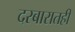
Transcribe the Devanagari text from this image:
दरबारातही